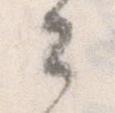
々